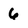
Character: 6